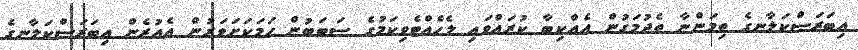
އިބަރަސްކަލާނގެ ތިމަންނާ ތެދުމަގުން އެއްކިބާ ކުރައްވައި ލެހެއްޓެވިކަމުގެ ސަބަބުން ހަމަކަށަވަރުން އެއުރެން އިބަރަސްކަލާނގެ